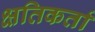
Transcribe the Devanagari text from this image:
क्षतिकर्ता